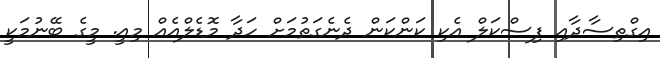
އިގްތިސާދާއި ފިސްކަލް އެކި ކަންކަން ދެނެގަތުމަށް ހަދާ މޮޑެލްއެއް މިއީ. މީގެ ބޭނުމަކީ